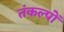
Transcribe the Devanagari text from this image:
तंकल्पों